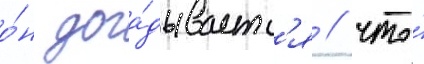
о́н дога́дываетс'я / что́